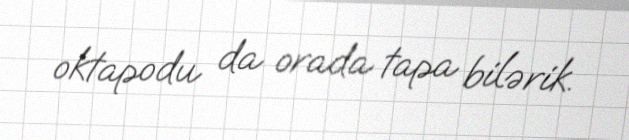
oktapodu da orada tapa bilərik.